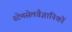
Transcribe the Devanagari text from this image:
स्टेमसेलवैज्ञानिकों